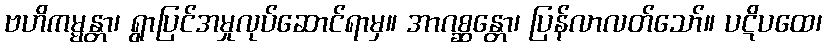
ဗဟိကမ္မန္တာ၊ ရွာပြင်အမှုလုပ်ဆောင်ရာမှ။ အာဂစ္ဆန္တော၊ ပြန်လာလတ်သော်။ ပဋိပထေ၊